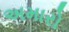
અમારો